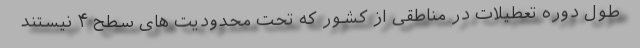
طول دوره تعطیلات در مناطقی از کشور که تحت محدودیت های سطح ۴ نیستند